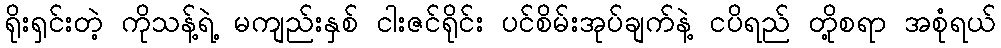
ရိုးရှင်းတဲ့ ကိုသန့်ရဲ့ မကျည်းနှစ် ငါးဇင်ရိုင်း ပင်စိမ်းအုပ်ချက်နဲ့ ငပိရည် တို့စရာ အစုံရယ်